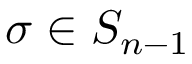
\sigma \in S _ { n - 1 }